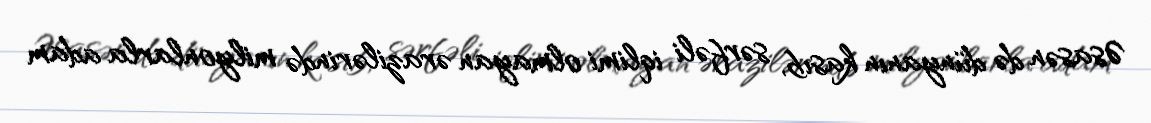
Əsasən də dünyanın kasıb, sərfəli iqlimi olmayan ərazilərində milyonlarla adam